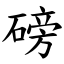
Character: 磅